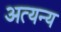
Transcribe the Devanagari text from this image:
अत्यन्य